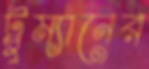
ট্রুম্যানের